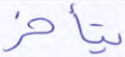
يتأخر